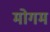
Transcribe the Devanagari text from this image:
मोगम